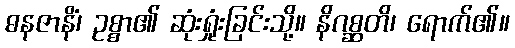
ဓနဇာနိံ၊ ဥစ္စာ၏ ဆုံးရှုံးခြင်းသို့။ နိဂစ္ဆတိ၊ ရောက်၏။